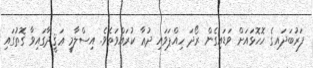
ފަރުބަދައިގެ ހޮހޮޅައަށް ވަޑައިގެން ރޯދަ ހިއްޕަވައި ދުޢާ ކުރައްވަތެވެ. އިސްލާމީ ޢަޤީދާގައިވާ ގޮތުގައި